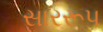
સારરૂપ